Bréfritari: Sigurður Jónsson
Viðtakandi: Jón Borgfirðings Jónsson
Dagsetning: A-1863-01-18
Skrifað á: Möðrudal  N-Múl.

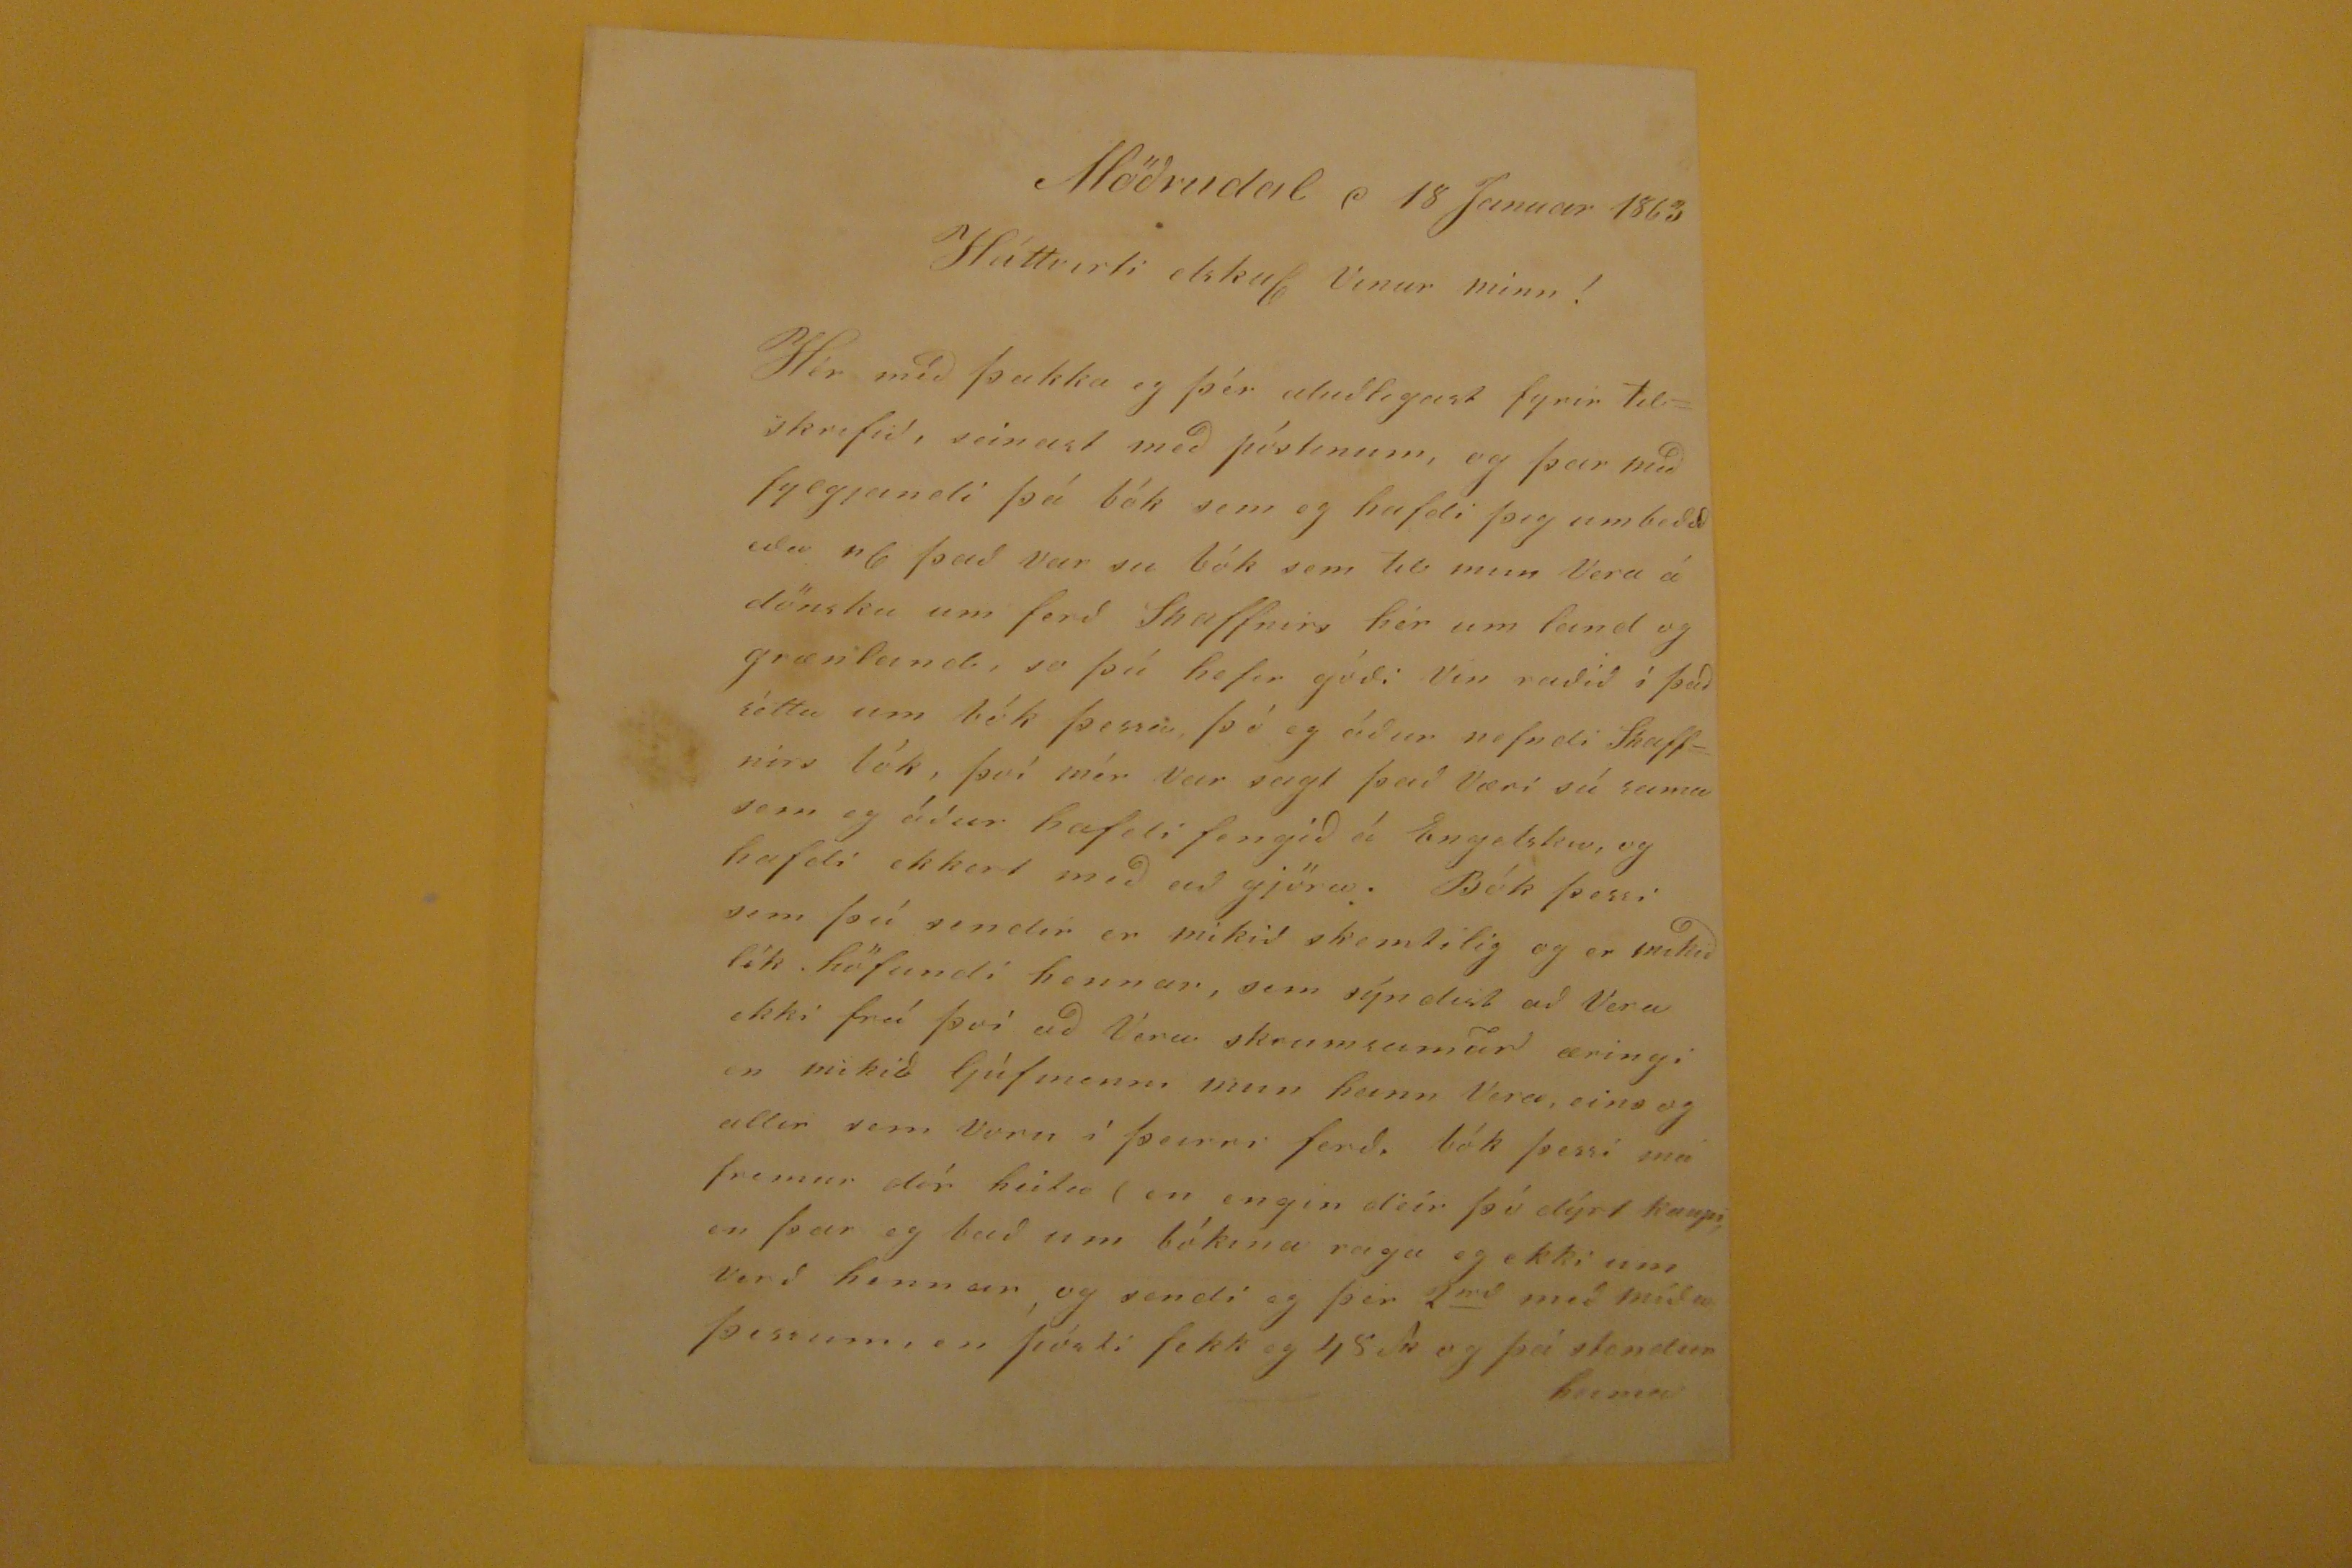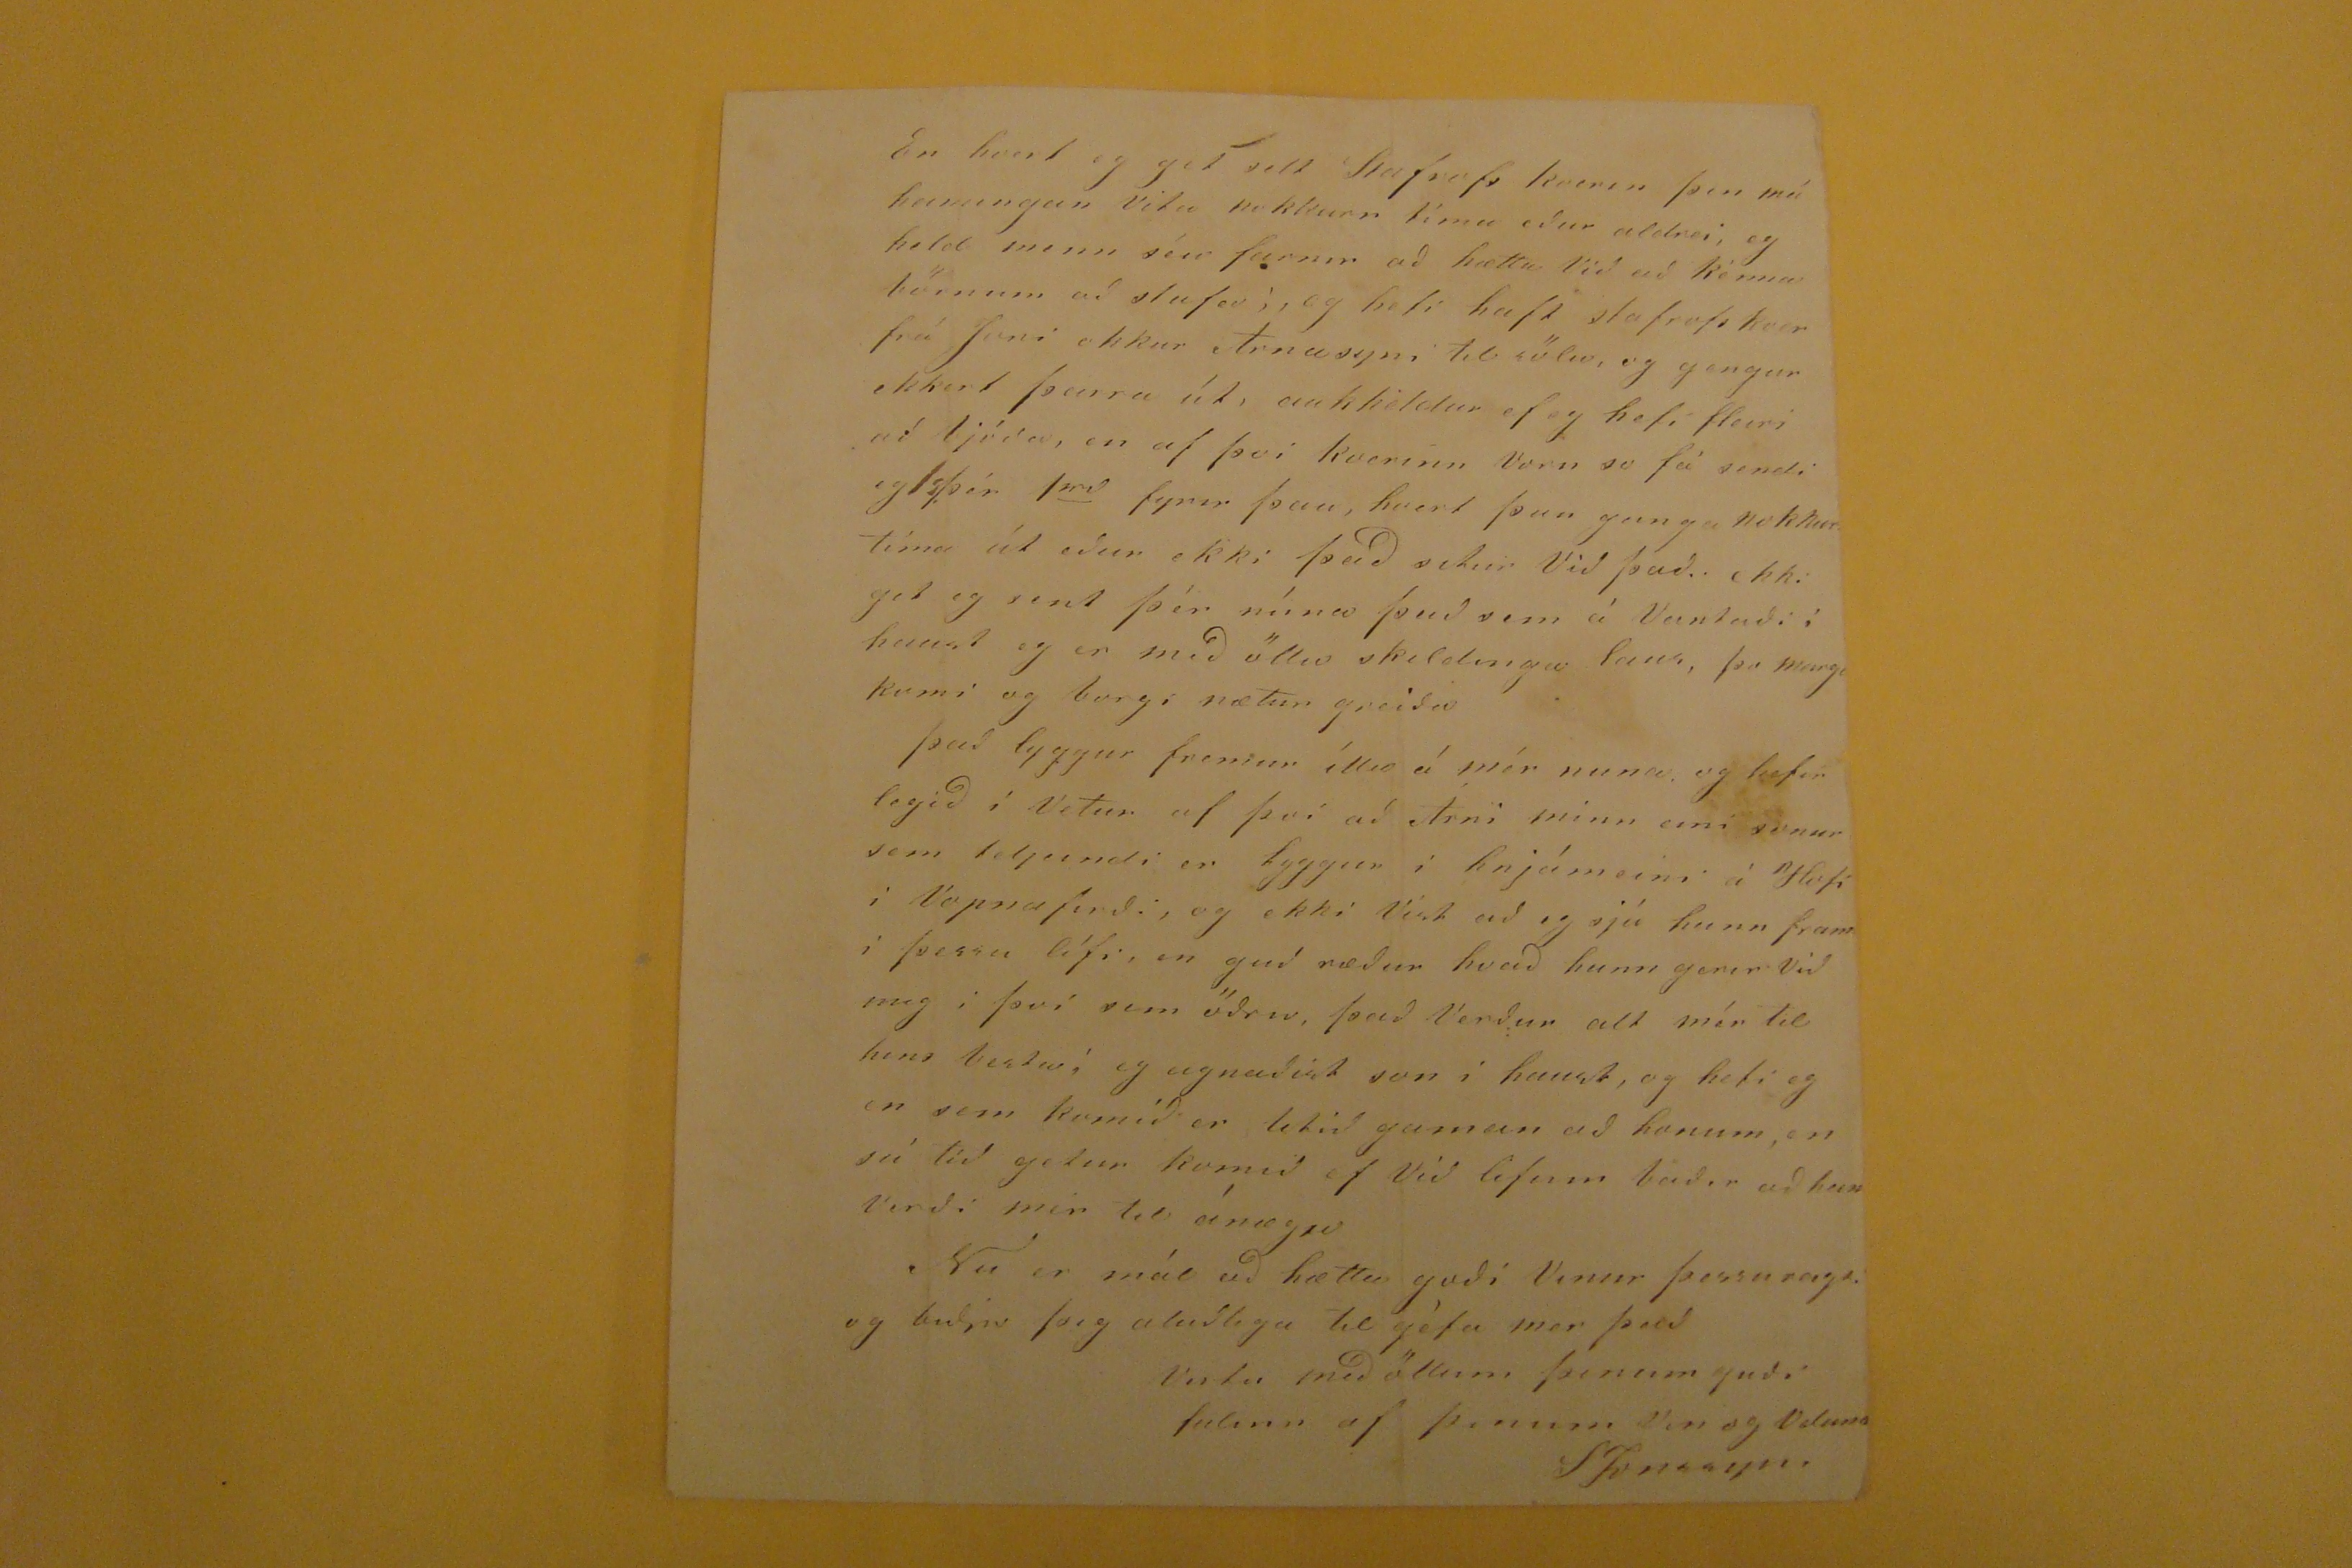

Möðrudal d 18 Januar 1863
Háttvirti elskul Vinur minn!
Hér méð þakka eg þér aluðlegast fyrir tilskrifið, seinast með póstinum, og þar með fylgjandi þá bók sem eg hafdi þig umbeðið eða "6 það var su bók sem til mun Vera á dönsku um ferð Shaffnirs hér um land og grænlagd, so þú hefir góði Vin raðið í það réttu um bók þessa, þó eg áður nefndi Shaffnirs bók, því mér var sagt það Væri sú sama sem eg áður hafdi fengið á Engelsku, og hafdi ekkert með að gjöra. Bók þessi sem þú sendir er mikið skemtilig og er mikið lík höfundi hennar, sem sýndist að Vera ekki frá því að Vera
Skrumsumur
æringi en mikið ljúfmenni mun hann Vera, eins o gallir sem Voru í þeirri verð, bók þessi má fremur dír heita (en engin deir þí dýrt kaupi, en þar eg bað um bókina raga eg ekki um verð hennar, og sendi eg þér 2
rd
með míða þessum en pósti fekk eg 48 sk og þá stendur heima
En hvert eg get selt Stafrofs kverin þin má hamingan vita nokkurr tíma eður aldrei, eg held menn séu farnir að hætta Við að kénna börnum að stafa; og hefi haft stafrofs kver frá Joni okkur Árnasyni til sölu, og gengur ekkert þeirra út, aukheldur ef eg hefi fleiri að bjóða, en af því kverinn voru so fá sendi eg
??
þér 1
rd
fyrir þau, hvert þun ganga nokkur tíma út eður ekki það setur Við það. ekki get eg sent þér núna það sem á Vantaði í haust eg er með öllu skildinga lans, þa marg
t
komi og borgi nætur greiða það lyggur fremur ílla á mér nuna, og hefir legið í Vetur af því að ÁRni minn eini sonur sem teljandi er hyggur í hnjámeini á Hofi í Vopnafirði, og ekki Víst að eg sjá hann fram í þessu lífi, en guð ræður hvað hann gerir Við mig í því sem öðru, það Verður alt mér til hins bestu; eg eignaðist son í haust, og hefi eg en sem komið er litið gaman að honum, en sú tíð getur komið ef Við lifum báðir að han Verði mér til ánægu Nu er mál að hætta goði Vinur þessu
ragt
og biðja þig aluðlega til géfa mer það
Vertu með öllum þinum guði falinn af þinum Vin og velun
?
SJonssyni